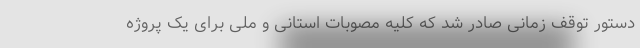
دستور توقف زمانی صادر شد که کلیه مصوبات استانی و ملی برای یک پروژه